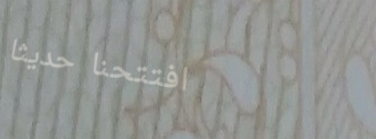
افتتحنا حديثاً